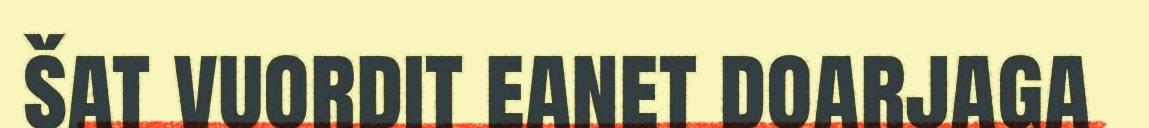
šat vuordit eanet doarjaga